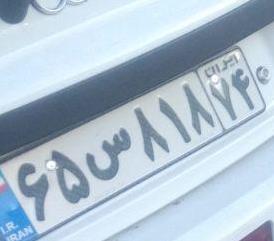
۶۵س۸۱۸۷۴